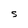
Character: S